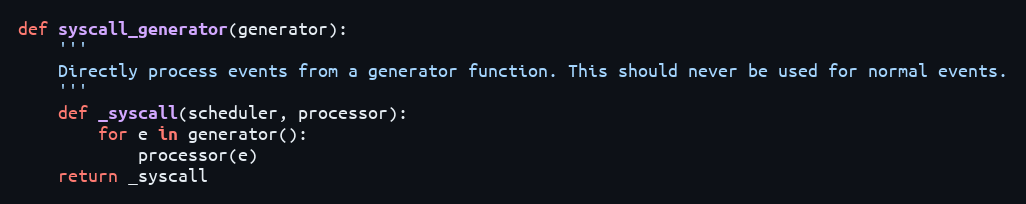
Language: Python
def syscall_generator(generator):
    '''
    Directly process events from a generator function. This should never be used for normal events.
    '''
    def _syscall(scheduler, processor):
        for e in generator():
            processor(e)
    return _syscall